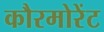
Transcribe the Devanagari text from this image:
कौरमोरेंट